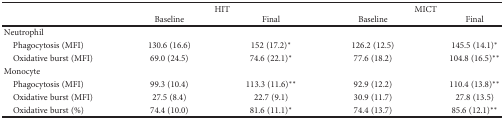
<table><thead><tr><td></td><td colspan="2"><b>HIT</b></td><td colspan="2"><b>MICT</b></td></tr><tr><td></td><td><b>Baseline</b></td><td><b>Final</b></td><td><b>Baseline</b></td><td><b>Final</b></td></tr></thead><tbody><tr><td>Neutrophil</td><td></td><td></td><td></td><td></td></tr><tr><td> Phagocytosis (MFI)</td><td>130.6 (16.6)</td><td>152 (17.2)<sup>∗</sup></td><td>126.2 (12.5)</td><td>145.5 (14.1)<sup>∗</sup></td></tr><tr><td> Oxidative burst (MFI)</td><td>69.0 (24.5)</td><td>74.6 (22.1)<sup>∗</sup></td><td>77.6 (18.2)</td><td>104.8 (16.5)<sup>∗∗</sup></td></tr><tr><td>Monocyte</td><td></td><td></td><td></td><td></td></tr><tr><td> Phagocytosis (MFI)</td><td>99.3 (10.4)</td><td>113.3 (11.6)<sup>∗∗</sup></td><td>92.9 (12.2)</td><td>110.4 (13.8)<sup>∗∗</sup></td></tr><tr><td> Oxidative burst (MFI)</td><td>27.5 (8.4)</td><td>22.7 (9.1)</td><td>30.9 (11.7)</td><td>27.8 (13.5)</td></tr><tr><td> Oxidative burst (%)</td><td>74.4 (10.0)</td><td>81.6 (11.1)<sup>∗</sup></td><td>74.4 (13.7)</td><td>85.6 (12.1)<sup>∗∗</sup></td></tr></tbody></table>